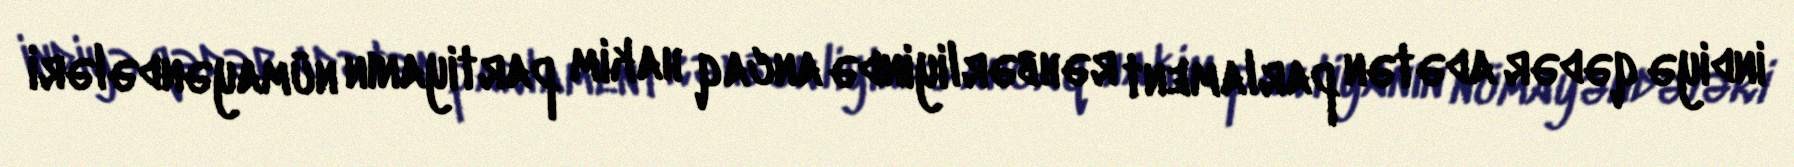
indiyə qədər adətən parlament rəhbərliyində ancaq hakim partiyanın nümayəndələri